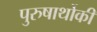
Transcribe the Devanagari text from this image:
पुरुषार्थोकी